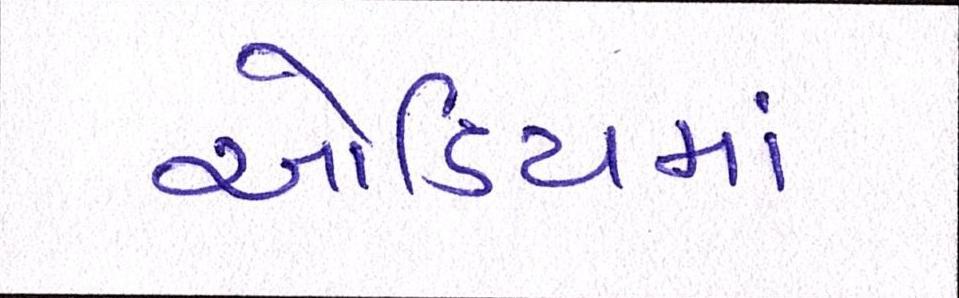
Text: ઓડિટમાં